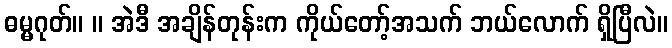
ဓမ္မဂုတ်။ ။ အဲဒီ အချိန်တုန်းက ကိုယ်တော့်အသက် ဘယ်လောက် ရှိပြီလဲ။